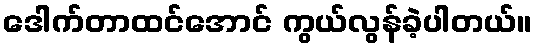
ဒေါက်တာထင်အောင် ကွယ်လွန်ခဲ့ပါတယ်။